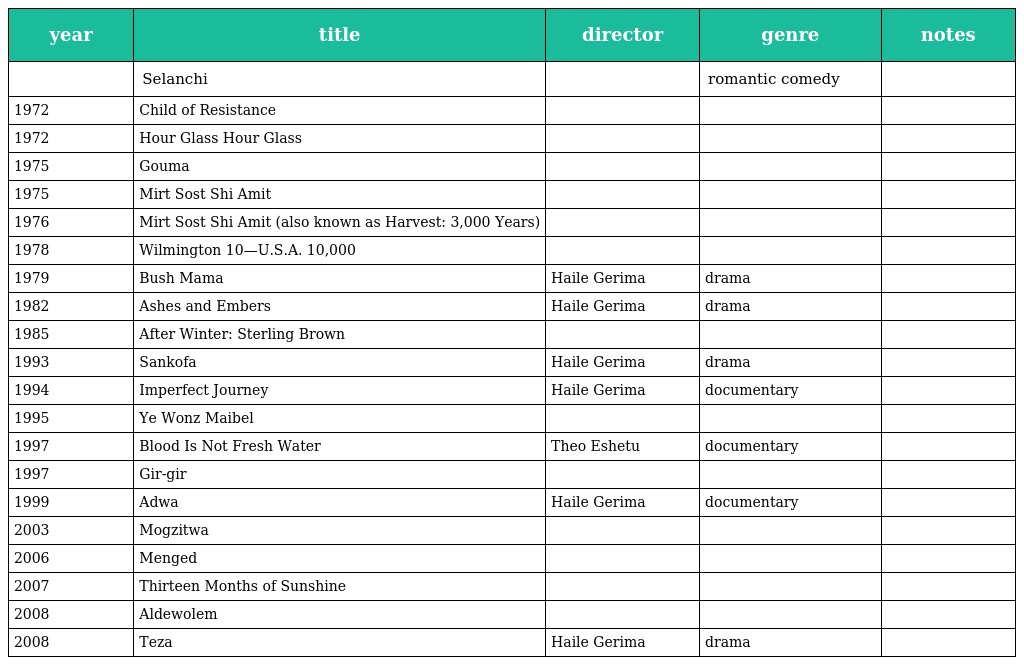
| year | title | director | genre | notes |
 | --- | --- | --- | --- | --- |
 |  | Selanchi |  | romantic comedy |  |
 | 1972 | Child of Resistance |  |  |  |
 | 1972 | Hour Glass Hour Glass |  |  |  |
 | 1975 | Gouma |  |  |  |
 | 1975 | Mirt Sost Shi Amit |  |  |  |
 | 1976 | Mirt Sost Shi Amit (also known as Harvest: 3,000 Years) |  |  |  |
 | 1978 | Wilmington 10—U.S.A. 10,000 |  |  |  |
 | 1979 | Bush Mama | Haile Gerima | drama |  |
 | 1982 | Ashes and Embers | Haile Gerima | drama |  |
 | 1985 | After Winter: Sterling Brown |  |  |  |
 | 1993 | Sankofa | Haile Gerima | drama |  |
 | 1994 | Imperfect Journey | Haile Gerima | documentary |  |
 | 1995 | Ye Wonz Maibel |  |  |  |
 | 1997 | Blood Is Not Fresh Water | Theo Eshetu | documentary |  |
 | 1997 | Gir-gir |  |  |  |
 | 1999 | Adwa | Haile Gerima | documentary |  |
 | 2003 | Mogzitwa |  |  |  |
 | 2006 | Menged |  |  |  |
 | 2007 | Thirteen Months of Sunshine |  |  |  |
 | 2008 | Aldewolem |  |  |  |
 | 2008 | Teza | Haile Gerima | drama |  |